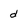
Character: d